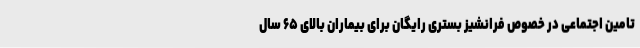
تامین اجتماعی در خصوص فرانشیز بستری رایگان برای بیماران بالای ۶۵ سال